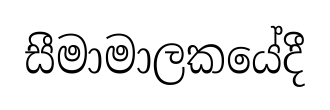
සීමාමාලකයේදී